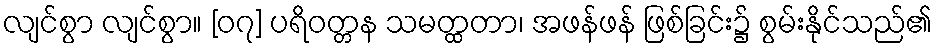
လျင်စွာ လျင်စွာ။ [၀၇] ပရိဝတ္တန သမတ္ထတာ၊ အဖန်ဖန် ဖြစ်ခြင်း၌ စွမ်းနိုင်သည်၏